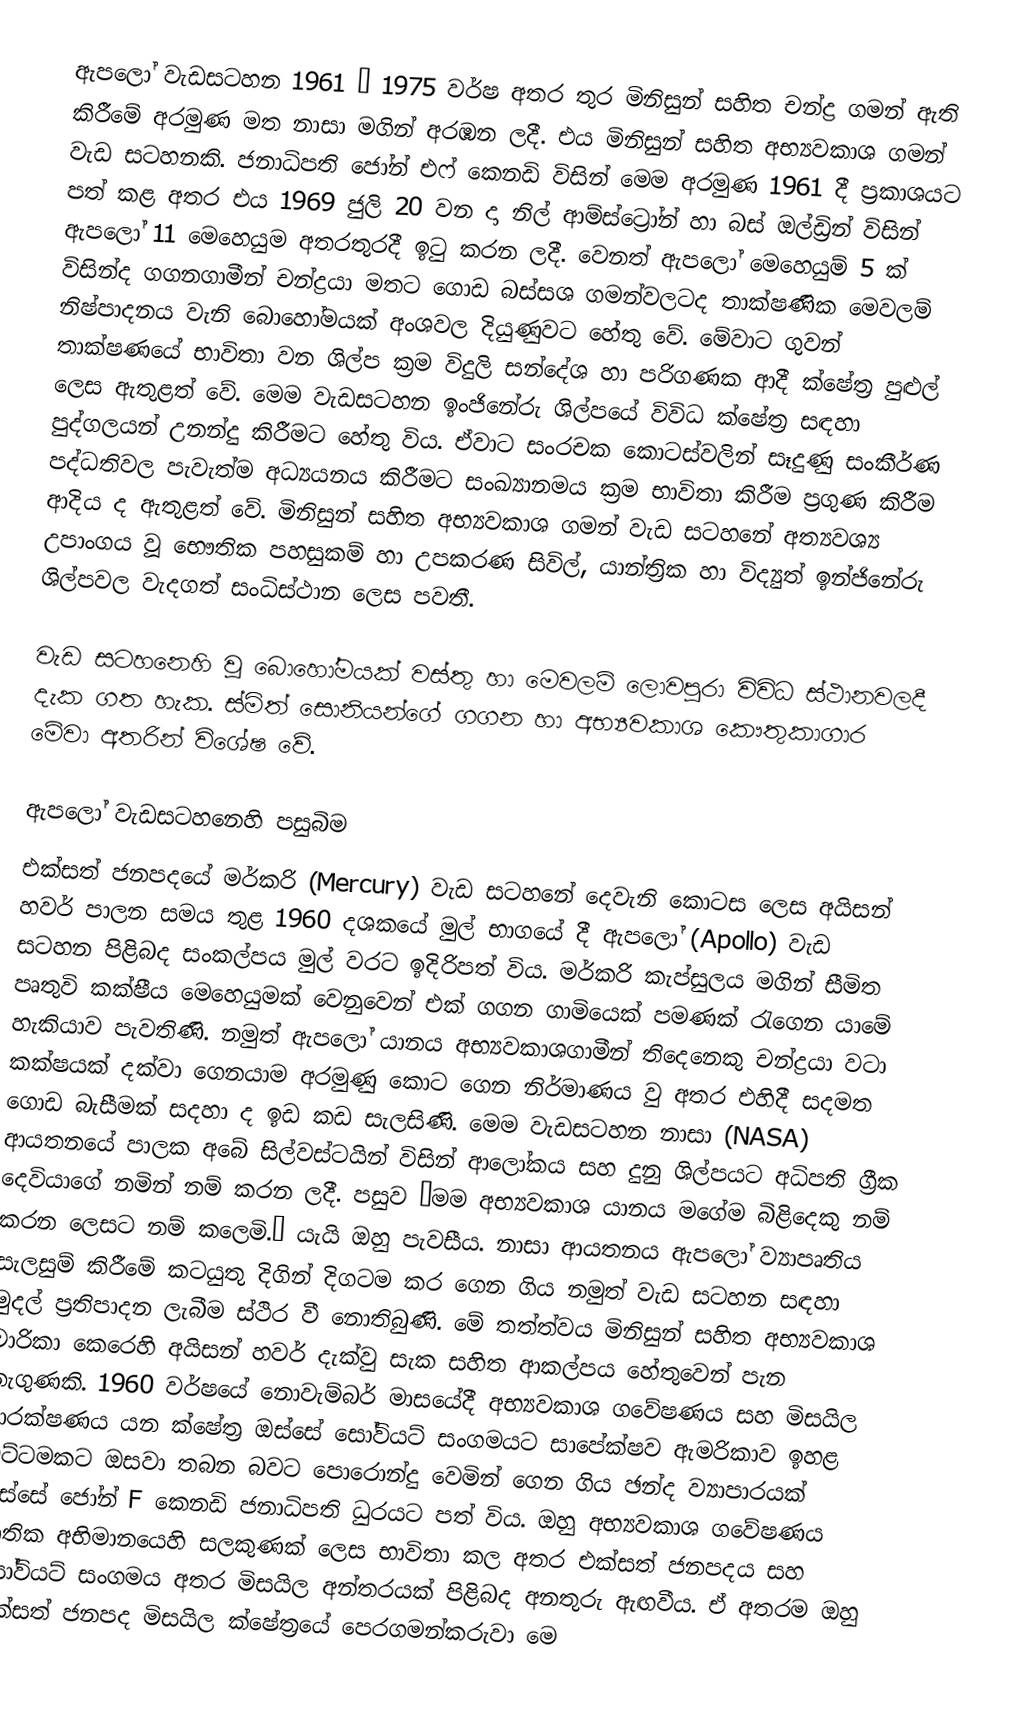
ඇපලෝ වැඩසටහන 1961 – 1975 වර්ෂ අතර තුර මිනිසුන් සහිත චන්ද්‍ර ගමන් ඇති කිරීමේ අරමුණ මත නාසා මගින් අරඹන ලදී. එය මිනිසුන් සහිත අභ්‍යවකාශ ගමන් වැඩ සටහනකි. ජනාධිපති ජෝන් එෆ් කෙනඩි විසින් මෙම අරමුණ 1961 දී ප්‍රකාශයට පත් කළ අතර එය 1969 ජුලි 20 වන දා නිල් ආම්ස්ට්‍රෝන් හා බස් ඔල්ඩ්‍රින් විසින් ඇපලෝ 11 මෙහෙයුම අතරතුරදී ඉටු කරන ලදී. වෙනත් ඇපලෝ මෙහෙයුම් 5 ක් විසින්ද ගගනගාමීන් චන්ද්‍රයා මතට ගොඩ බස්සශ ගමන්වලටද තාක්ෂණික මෙවලම් නිෂ්පාදනය වැනි බොහෝමයක් අංශවල දියුණුවට හේතු වේ. මේවාට ගුවන් තාක්ෂණයේ භාවිතා වන ශිල්ප ක්‍රම විදුලි සන්දේශ හා පරිගණක ආදී ක්ෂේත්‍ර පුළුල් ලෙස ඇතුළත් වේ. මෙම වැඩසටහන ඉංජිනේරු ශිල්පයේ විවිධ ක්ෂේත්‍ර සඳහා පුද්ගලයන් උනන්දු කිරීමට හේතු විය. ඒවාට සංරචක කොටස්වලින් සෑදුණු සංකීර්ණ පද්ධතිවල පැවැත්ම අධ්‍යයනය කිරීමට සංඛ්‍යානමය ක්‍රම භාවිතා කිරීම ප්‍රගුණ කිරීම ආදිය ද ඇතුළත් වේ. මිනිසුන් සහිත අභ්‍යවකාශ ගමන් වැඩ සටහනේ අත්‍යවශ්‍ය උපාංගය වූ භෞතික පහසුකම් හා උපකරණ සිවිල්, යාන්ත්‍රික හා විද්‍යුත් ඉන්ජිනේරු ශිල්පවල වැදගත් සංධිස්ථාන ලෙස පවතී.

වැඩ සටහනෙහි වූ බොහෝමයක් වස්තු හා මෙවලම් ලොවපුරා විවිධ ස්ථානවලදී දැක ගත හැක. ස්මිත් සොනියන්ගේ ගගන හා අභ්‍යවකාශ කෞතුකාගාර මේවා අතරින් විශේෂ වේ.

ඇපලෝ වැඩසටහනෙහි පසුබිම
එක්සත් ජනපදයේ මර්කරි (Mercury) වැඩ සටහනේ දෙවැනි කොටස ලෙස අයිසන් හවර් පාලන සමය තුළ 1960 දශකයේ මුල් භාගයේ දී ඇපලෝ (Apollo) වැඩ සටහන පිළිබද සංකල්පය මුල් වරට ඉදිරිපත් විය. මර්කරි කැප්සුලය මගින් සීමිත පෘතුවි කක්ෂීය මෙහෙයුමක් වෙනුවෙන් එක් ගගන ගාමියෙක් පමණක් රැගෙන යාමේ හැකියාව පැවතිණි. නමුත් ඇපලෝ යානය අභ්‍යවකාශගාමීන් තිදෙනෙකු චන්ද්‍රයා වටා කක්ෂයක් දක්වා ගෙනයාම අරමුණු කොට ගෙන නිර්මාණය වු අතර එහිදී සදමත ගොඩ බැසීමක් සදහා ද ඉඩ කඩ සැලසිණි. මෙම වැඩසටහන නාසා (NASA) ආයතනයේ පාලක අබේ සිල්වස්ටයින් විසින් ආලෝකය සහ දුනු ශිල්පයට අධිපති ග්‍රීක දෙවියාගේ නමින් නම් කරන ලදී. පසුව “මම අභ්‍යවකාශ යානය මගේම බිළිදෙකු නම් කරන ලෙසට නම් කලෙමි.” යැයි ඔහු පැවසීය. නාසා ආයතනය ඇපලෝ ව්‍යාපෘතිය සැලසුම් කිරීමේ කටයුතු දිගින් දිගටම කර ගෙන ගිය නමුත් වැඩ සටහන සඳහා මුදල් ප්‍රතිපාදන ලැබීම ස්ථිර වී නොතිබුණි. මේ තත්ත්වය මිනිසුන් සහිත අභ්‍යවකාශ චාරිකා කෙරෙහි අයිසන් හවර් දැක්වු සැක සහිත ආකල්පය හේතුවෙන් පැන නැගුණකි. 1960 වර්ෂයේ නොවැම්බර් මාසයේදී අභ්‍යවකාශ ගවේෂණය සහ මිසයිල ආරක්ෂණය යන ක්ෂේත්‍ර ඔස්සේ සෝවියට් සංගමයට සාපේක්ෂව ඇමරිකාව ඉහළ මට්ටමකට ඔසවා තබන බවට පොරොන්දු වෙමින් ගෙන ගිය ඡන්ද ව්‍යාපාරයක් ඔස්සේ ජෝන් F කෙනඩි ජනාධිපති ධුරයට පත් විය. ඔහු අභ්‍යවකාශ ගවේෂණය ජාතික අභිමානයෙහි සලකුණක් ලෙස භාවිතා කල අතර එක්සත් ජනපදය සහ සෝවියට් සංගමය අතර මිසයිල අන්තරයක් පිළිබද අනතුරු ඇඟවීය. ඒ අතරම ඔහු එක්සත් ජනපද මිසයිල ක්ෂේත්‍රයේ පෙරගමන්කරුවා මෙ